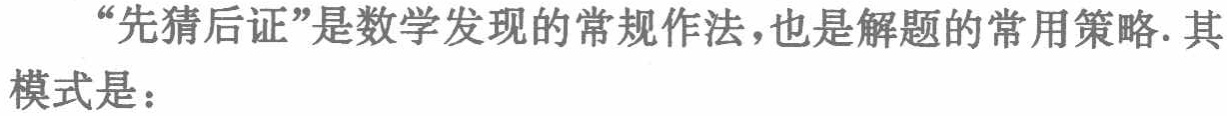
“先猜后证”是数学发现的常规作法，也是解题的常用策略. 其模式是：